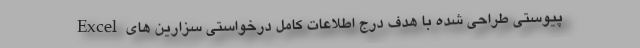
Excel پیوستی طراحی شده با هدف درج اطلاعات کامل درخواستی سزارین های